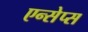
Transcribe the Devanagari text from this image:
एन्सेप्स